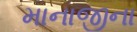
માનાજીના